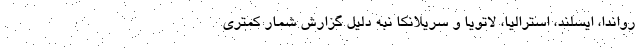
رواندا، ایسلند، استرالیا، لاتویا و سریلانکا نبه دلیل گزارش شمار کمتری